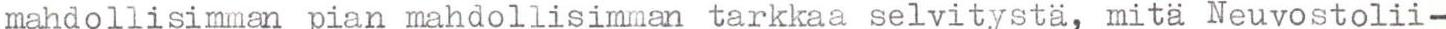
mahdollisimman pian mahdollisimman tarkkaa selvitystä, mitä Neuvostolii-